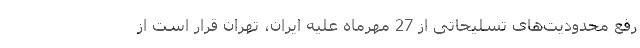
رفع محدودیت‌های تسلیحاتی از 27 مهرماه علیه ایران، تهران قرار است از